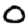
Digit: 0